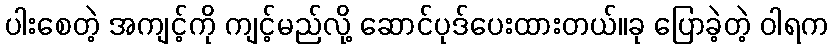
ပါးစေတဲ့ အကျင့်ကို ကျင့်မည်လို့ ဆောင်ပုဒ်ပေးထားတယ်။ခု ပြောခဲ့တဲ့ ဝါရက